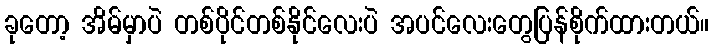
ခုတော့ အိမ်မှာပဲ တစ်ပိုင်တစ်နိုင်လေးပဲ အပင်လေးတွေပြန်စိုက်ထားတယ်။